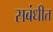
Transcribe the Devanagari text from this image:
सबंधीत